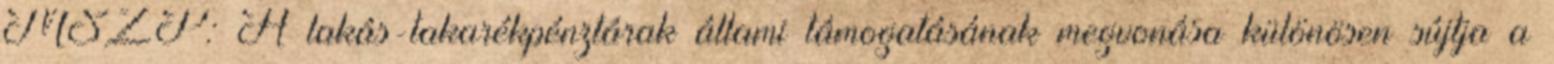
MSZP: A lakás-takarékpénztárak állami támogatásának megvonása különösen sújtja a